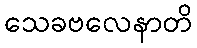
သေခဗလေနာတိ